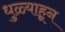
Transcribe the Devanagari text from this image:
धुळ्याहून